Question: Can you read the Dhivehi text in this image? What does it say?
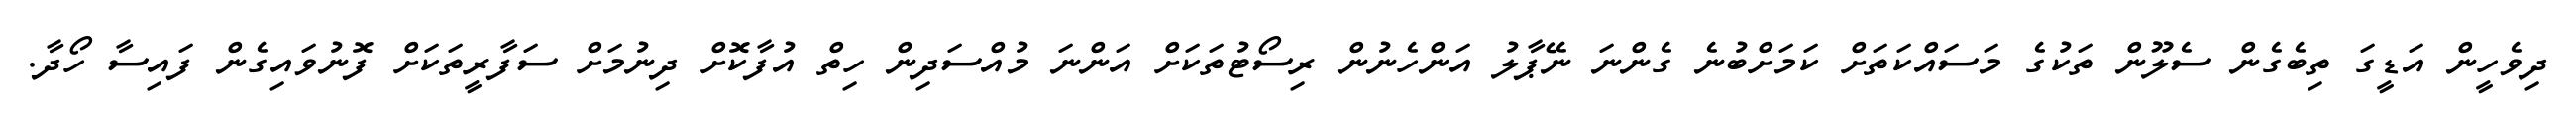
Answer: ދިވެހީން އަޑީގަ ތިބެގެން ސެލޫން ތަކުގެ މަސައްކަތަށް ކަމަށްބުނެ ގެންނަ ނޭޕާލު އަންހެނުން ރިސޯޓުތަކަށް އަންނަ މުއްސަދިން ހިތް އުފާކޮށް ދިނުމަށް ސަފާރީތަކަށް ފޮނުވައިގެން ފައިސާ ހޯދާ.